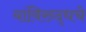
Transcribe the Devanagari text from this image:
यांविरुद्धचे